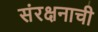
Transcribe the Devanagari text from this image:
संरक्षनाची